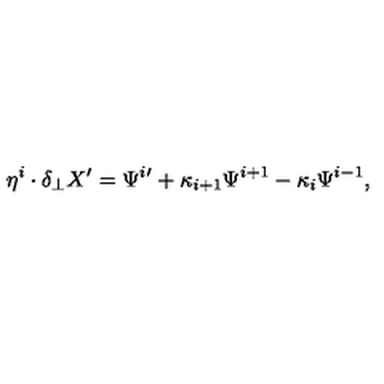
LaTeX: \eta ^ { i } \cdot \delta _ { \perp } X ^ { \prime } = \Psi ^ { i } { } ^ { \prime } + \kappa _ { i + 1 } \Psi ^ { i + 1 } - \kappa _ { i } \Psi ^ { i - 1 } ,